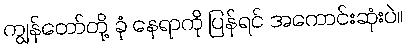
ကျွန်တော်တို့ ခုံ နေရာကို ပြန်ရင် အကောင်းဆုံးပဲ။